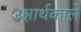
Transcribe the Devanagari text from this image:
रक्षार्थकाले